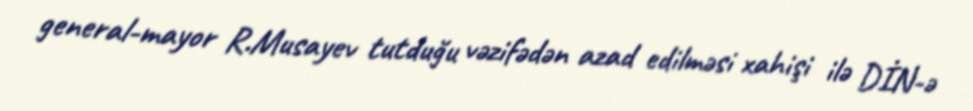
general-mayor R.Musayev tutduğu vəzifədən azad edilməsi xahişi ilə DİN-ə